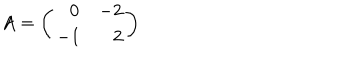
A = \left( \begin{array} { c r c r } { { \: \: \: 0 } } & { { - 2 } } \\ { { - 1 } } & { { \: \: 2 } } \\ \end{array} \right)